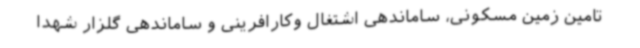
تامین زمین مسکونی، ساماندهی اشتغال وکارافرینی و ساماندهی گلزار شهدا